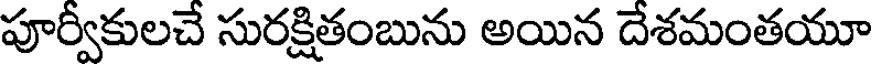
పూర్వీకులచే సురక్షితంబును అయిన దేశమంతయూ